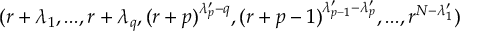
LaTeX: ( r + \lambda _ { 1 } , . . . , r + \lambda _ { q } , ( r + p ) ^ { \lambda _ { p } ^ { \prime } - q } , ( r + p - 1 ) ^ { \lambda _ { p - 1 } ^ { \prime } - \lambda _ { p } ^ { \prime } } , . . . , r ^ { N - \lambda _ { 1 } ^ { \prime } } )